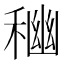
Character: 𥠃